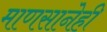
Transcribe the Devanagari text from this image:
माणसानेही